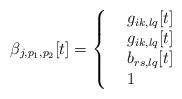
LaTeX: \begin{align*}\beta_{j,p_1,p_2}[t]=\left\{\begin{array}{lll} &g_{ik,lq}[t] \quad~~\\&g_{ik,lq}[t] \quad~~\\&b_{rs,lq}[t] \quad~~ \\&1 \quad\quad\quad~~~ \end{array} \right.\end{align*}